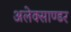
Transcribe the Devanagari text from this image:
अलेक्साण्डर